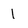
Character: 1